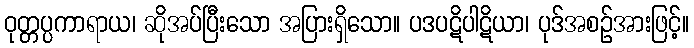
ဝုတ္တပ္ပကာရာယ၊ ဆိုအပ်ပြီးသော အပြားရှိသော။ ပဒပဋိပါဋိယာ၊ ပုဒ်အစဉ်အားဖြင့်။